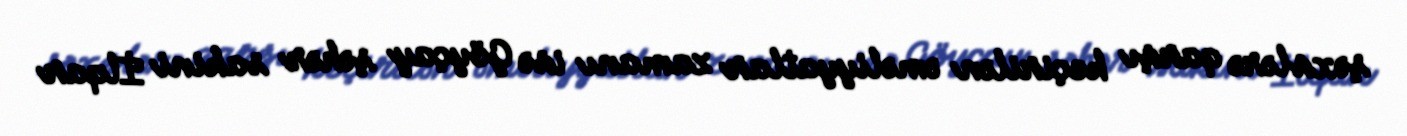
şəxslərə qarşı keçirilən əməliyyatlar zamanı isə Göyçay şəhər sakini İlqar